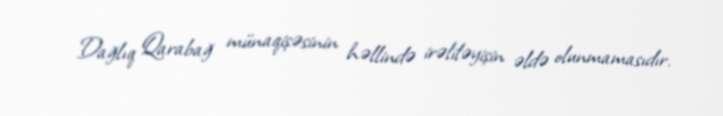
Dağlıq Qarabağ münaqişəsinin həllində irəliləyişin əldə olunmamasıdır.